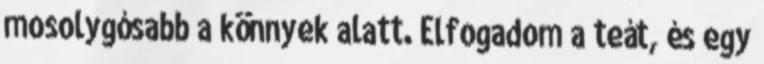
mosolygósabb a könnyek alatt. Elfogadom a teát, és egy